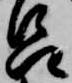
呂